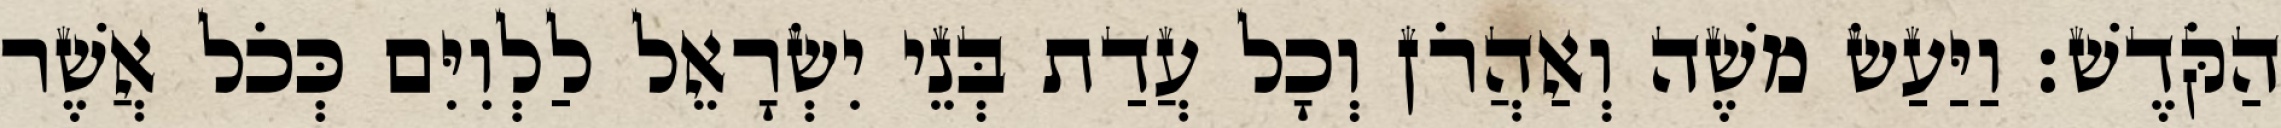
הַקֹּדֶשׁ׃ וַיַּעַשׂ משֶׁה וְאַהֲרֹן וְכָל עֲדַת בְּנֵי יִשְׂרָאֵל לַלְוִיִּם כְּכֹל אֲשֶׁר